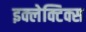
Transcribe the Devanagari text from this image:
इक्लेक्टिक्स